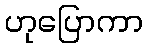
ဟုပြောကာ